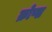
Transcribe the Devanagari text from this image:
क्रोप्स